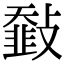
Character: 𩐅